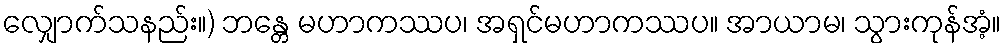
လျှောက်သနည်း။) ဘန္တေ မဟာကဿပ၊ အရှင်မဟာကဿပ။ အာယာမ၊ သွားကုန်အံ့။